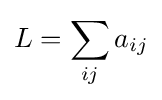
L=\sum _{ij}a_{ij}